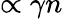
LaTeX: \propto\gamma n